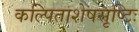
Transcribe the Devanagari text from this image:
कल्पिताशेषसृष्टिः